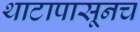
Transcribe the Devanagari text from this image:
थाटापासूनच